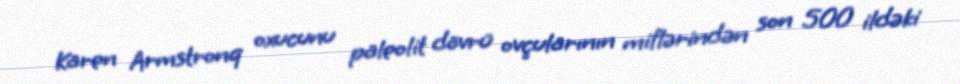
Karen Armstronq oxucunu paleolit dövrü ovçularının miflərindən son 500 ildəki